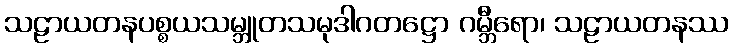
သဠာယတနပစ္စယသမ္ဘူတသမုဒါဂတဋ္ဌော ဂမ္ဘီရော၊ သဠာယတနဿ